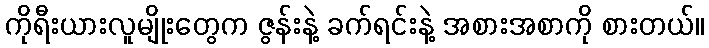
ကိုရီးယားလူမျိုးတွေက ဇွန်းနဲ့ ခက်ရင်းနဲ့ အစားအစာကို စားတယ်။